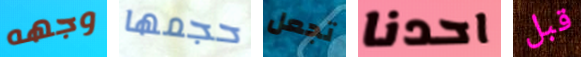
وجهه حجمها تجعل احدنا قبل